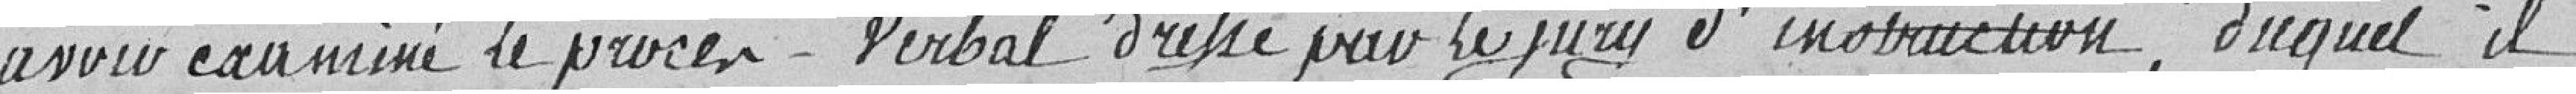
avoir examiné le procès-verbal dressé par le jury d'instruction , duquel il